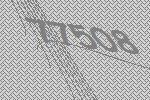
77508